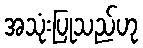
အသုံးပြုသည်ဟု